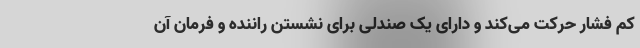
کم فشار حرکت می‌کند و دارای یک صندلی برای نشستن راننده و فرمان آن